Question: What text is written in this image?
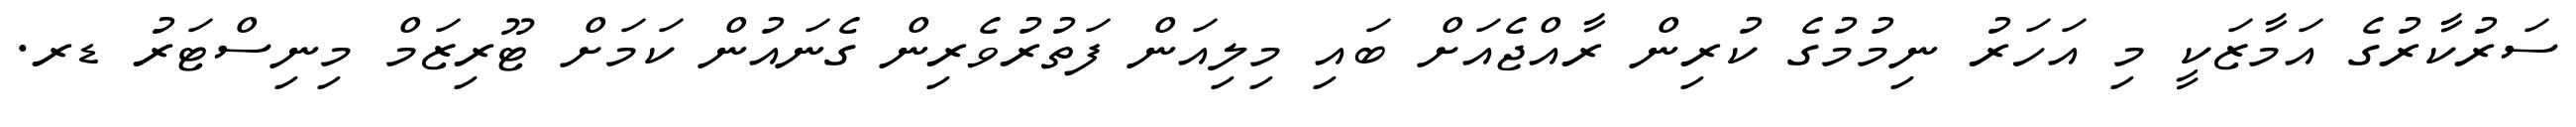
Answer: ސަރުކާރުގެ އަމާޒަކީ މި އަހަރު ނިމުމުގެ ކުރިން ރާއްޖެއަށް ބައި މިލިއަން ފަތުރުވެރިން ގެނައުން ކަމަށް ޓޫރިޒަމް މިނިސްޓަރު ޑރ.